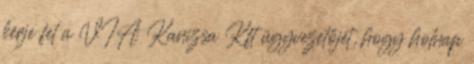
kérje fel a VIA Kanizsa Kft ügyvezetőjét, hogy holnap